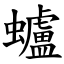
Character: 蠦